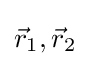
{\vec {r}}_{1},{\vec {r}}_{2}